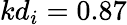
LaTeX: kd_{i}=0.87